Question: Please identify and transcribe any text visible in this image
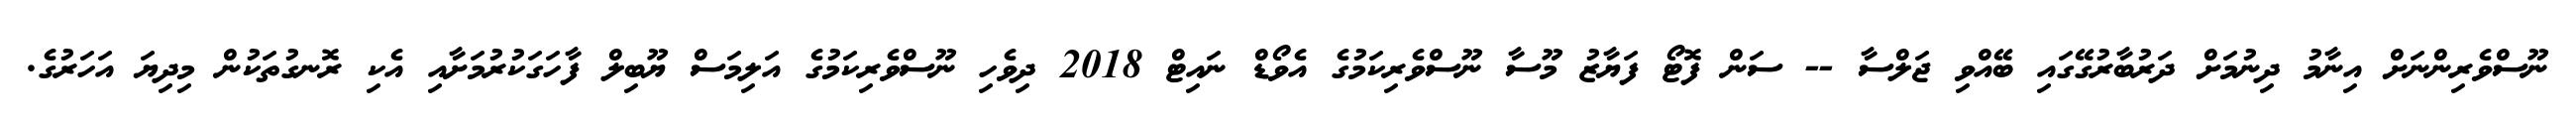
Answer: ނޫސްވެރިންނަށް އިނާމު ދިނުމަށް ދަރުބާރުގޭގައި ބޭއްވި ޖަލްސާ -- ސަން ފޮޓޯ ފަޔާޒު މޫސާ ނޫސްވެރިކަމުގެ އެވޯޑް ނައިޓް 2018 ދިވެހި ނޫސްވެރިކަމުގެ އަލިމަސް ޔޫބިލް ފާހަގަކުރުމަށާއި އެކި ރޮނގުތަކުން މިދިޔަ އަހަރުގެ.